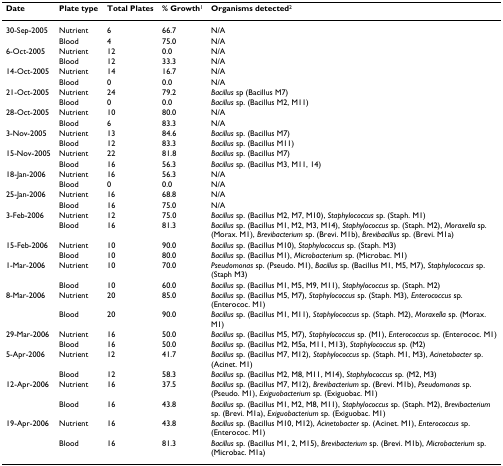
<table><thead><tr><td><b>Date</b></td><td><b>Plate type</b></td><td><b>Total Plates</b></td><td><b>% Growth<sup>1</sup></b></td><td><b>Organisms detected<sup>2</sup></b></td></tr></thead><tbody><tr><td>30-Sep-2005</td><td>Nutrient</td><td>6</td><td>66.7</td><td>N/A</td></tr><tr><td></td><td>Blood</td><td>4</td><td>75.0</td><td>N/A</td></tr><tr><td>6-Oct-2005</td><td>Nutrient</td><td>12</td><td>0.0</td><td>N/A</td></tr><tr><td></td><td>Blood</td><td>12</td><td>33.3</td><td>N/A</td></tr><tr><td>14-Oct-2005</td><td>Nutrient</td><td>14</td><td>16.7</td><td>N/A</td></tr><tr><td></td><td>Blood</td><td>0</td><td>0.0</td><td>N/A</td></tr><tr><td>21-Oct-2005</td><td>Nutrient</td><td>24</td><td>79.2</td><td><i>Bacillus </i>sp (Bacillus M7)</td></tr><tr><td></td><td>Blood</td><td>0</td><td>0.0</td><td><i>Bacillus </i>sp. (Bacillus M2, M11)</td></tr><tr><td>28-Oct-2005</td><td>Nutrient</td><td>10</td><td>80.0</td><td>N/A</td></tr><tr><td></td><td>Blood</td><td>6</td><td>83.3</td><td>N/A</td></tr><tr><td>3-Nov-2005</td><td>Nutrient</td><td>13</td><td>84.6</td><td><i>Bacillus </i>sp. (Bacillus M7)</td></tr><tr><td></td><td>Blood</td><td>12</td><td>83.3</td><td><i>Bacillus </i>sp. (Bacillus M11)</td></tr><tr><td>15-Nov-2005</td><td>Nutrient</td><td>22</td><td>81.8</td><td><i>Bacillus </i>sp. (Bacillus M7)</td></tr><tr><td></td><td>Blood</td><td>16</td><td>56.3</td><td><i>Bacillus </i>sp. (Bacillus M3, M11, 14)</td></tr><tr><td>18-Jan-2006</td><td>Nutrient</td><td>16</td><td>56.3</td><td>N/A</td></tr><tr><td></td><td>Blood</td><td>0</td><td>0.0</td><td>N/A</td></tr><tr><td>25-Jan-2006</td><td>Nutrient</td><td>16</td><td>68.8</td><td>N/A</td></tr><tr><td></td><td>Blood</td><td>16</td><td>75.0</td><td>N/A</td></tr><tr><td>3-Feb-2006</td><td>Nutrient</td><td>12</td><td>75.0</td><td><i>Bacillus </i>sp. (Bacillus M2, M7, M10), <i>Staphylococcus </i>sp. (Staph. M1)</td></tr><tr><td></td><td>Blood</td><td>16</td><td>81.3</td><td><i>Bacillus </i>sp. (Bacillus M1, M2, M3, M14), <i>Staphylococcus </i>sp. (Staph. M2), <i>Moraxella </i>sp. (Morax. M1), <i>Brevibacterium </i>sp. (Brevi. M1b), <i>Brevibacillus </i>sp. (Brevi. M1a)</td></tr><tr><td>15-Feb-2006</td><td>Nutrient</td><td>10</td><td>90.0</td><td><i>Bacillus </i>sp. (Bacillus M10), <i>Staphylococcus </i>sp. (Staph. M3)</td></tr><tr><td></td><td>Blood</td><td>10</td><td>80.0</td><td><i>Bacillus </i>sp. (Bacillus M1), <i>Microbacterium </i>sp. (Microbac. M1)</td></tr><tr><td>1-Mar-2006</td><td>Nutrient</td><td>10</td><td>70.0</td><td><i>Pseudomonas </i>sp. (Pseudo. M1), <i>Bacillus </i>sp. (Bacillus M1, M5, M7), <i>Staphylococcus </i>sp. (Staph M3)</td></tr><tr><td></td><td>Blood</td><td>10</td><td>60.0</td><td><i>Bacillus </i>sp. (Bacillus M1, M5, M9, M11), <i>Staphylococcus </i>sp. (Staph. M2)</td></tr><tr><td>8-Mar-2006</td><td>Nutrient</td><td>20</td><td>85.0</td><td><i>Bacillus </i>sp. (Bacillus M5, M7), <i>Staphylococcus </i>sp. (Staph. M3), <i>Enterococcus </i>sp. (Enterococ. M1)</td></tr><tr><td></td><td>Blood</td><td>20</td><td>90.0</td><td><i>Bacillus </i>sp. (Bacillus M1, M11), <i>Staphylococcus </i>sp. (Staph. M2), <i>Moraxella </i>sp. (Morax. M1)</td></tr><tr><td>29-Mar-2006</td><td>Nutrient</td><td>16</td><td>50.0</td><td><i>Bacillus </i>sp. (Bacillus M5, M7), <i>Staphylococcus </i>sp. (M1), <i>Enterococcus </i>sp. (Enterococ. M1)</td></tr><tr><td></td><td>Blood</td><td>16</td><td>50.0</td><td><i>Bacillus </i>sp. (Bacillus M2, M5a, M11, M13), <i>Staphylococcus </i>sp. (M2)</td></tr><tr><td>5-Apr-2006</td><td>Nutrient</td><td>12</td><td>41.7</td><td><i>Bacillus </i>sp. (Bacillus M7, M12), <i>Staphylococcus </i>sp. (Staph. M1, M3), <i>Acinetobacter </i>sp. (Acinet. M1)</td></tr><tr><td></td><td>Blood</td><td>12</td><td>58.3</td><td><i>Bacillus </i>sp. (Bacillus M2, M8, M11, M14), <i>Staphylococcus </i>sp. (M2, M3)</td></tr><tr><td>12-Apr-2006</td><td>Nutrient</td><td>16</td><td>37.5</td><td><i>Bacillus </i>sp. (Bacillus M7, M12), <i>Brevibacterium </i>sp. (Brevi. M1b), <i>Pseudomonas </i>sp. (Pseudo. M1), <i>Exiguobacterium </i>sp. (Exiguobac. M1)</td></tr><tr><td></td><td>Blood</td><td>16</td><td>43.8</td><td><i>Bacillus </i>sp. (Bacillus M1, M2, M8, M11), <i>Staphylococcus </i>sp. (Staph. M2), <i>Brevibacterium </i>sp. (Brevi. M1a), <i>Exiguobacterium </i>sp. (Exiguobac. M1)</td></tr><tr><td>19-Apr-2006</td><td>Nutrient</td><td>16</td><td>43.8</td><td><i>Bacillus </i>sp. (Bacillus M10, M12), <i>Acinetobacter </i>sp. (Acinet. M1), <i>Enterococcus </i>sp. (Enterococ. M1)</td></tr><tr><td></td><td>Blood</td><td>16</td><td>81.3</td><td><i>Bacillus </i>sp. (Bacillus M1, 2, M15), <i>Brevibacterium </i>sp. (Brevi. M1b), <i>Microbacterium </i>sp. (Microbac. M1a)</td></tr></tbody></table>